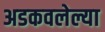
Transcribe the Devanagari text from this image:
अडकवलेल्या